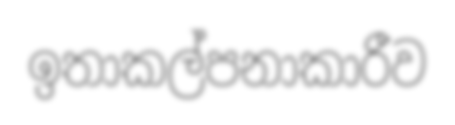
ඉතාකල්පනාකාරීව